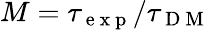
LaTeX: M=\tau_{\mathrm{~e~x~p~}}/\tau_{\mathrm{~D~M~}}